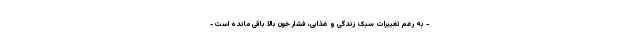
- به رغم تغییرات سبک زندگی و غذایی، فشار خون بالا باقی مانده است -